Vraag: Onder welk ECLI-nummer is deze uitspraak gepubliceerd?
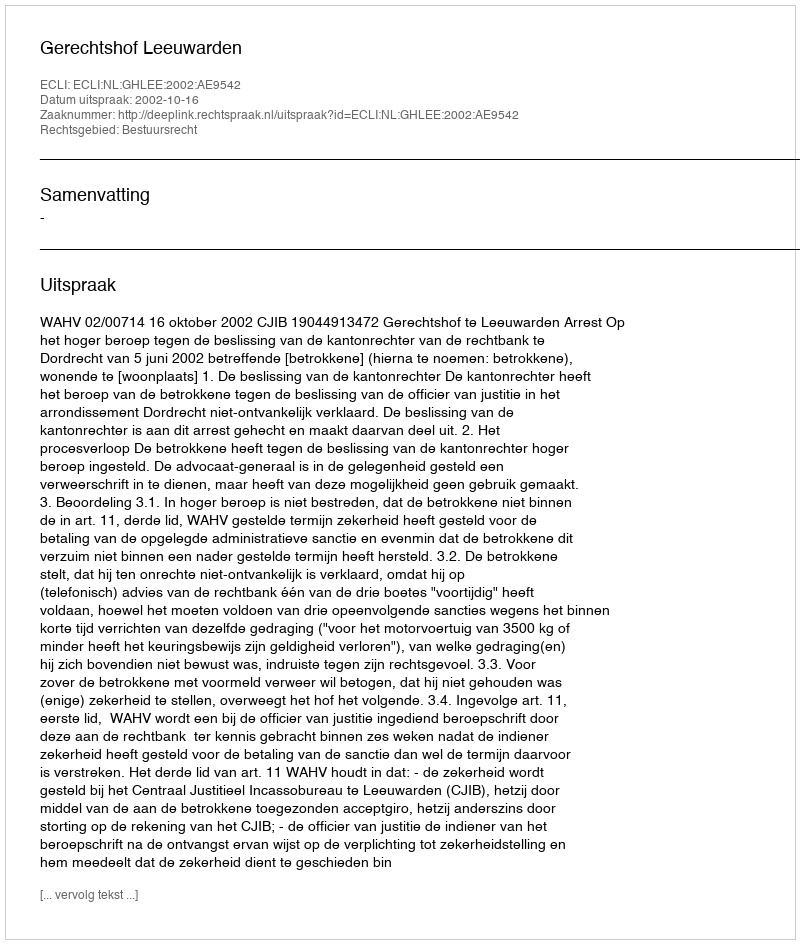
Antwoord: ECLI:NL:GHLEE:2002:AE9542